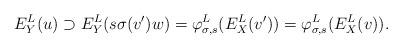
LaTeX: \begin{align*}E^L_Y(u) \supset E^L_Y(s \sigma(v')w) = \varphi_{\sigma, s}^L(E^L_X(v')) = \varphi_{\sigma, s}^L(E^L_X(v)).\end{align*}